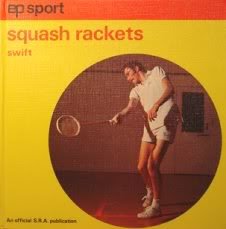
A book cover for Squash (EP sport series); Anthony Swift; Sports & Outdoors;